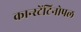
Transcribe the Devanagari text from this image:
कान्स्टेंटिनोपल